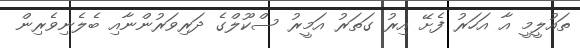
ތައުލީމީ އާ އަހަރު ފެށޭ އިރު ގަތަރު އަމީރު ސްކޫލްގެ ދަރިވަރުންނާއި ބެލެނިވެރިން